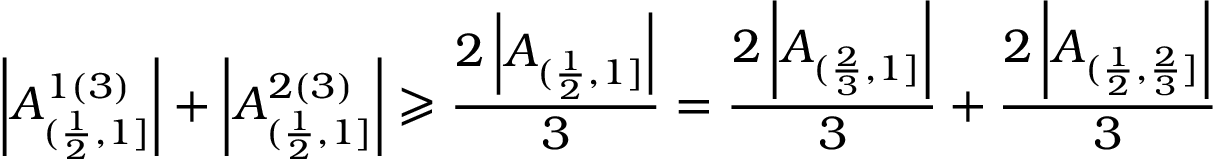
\left| A _ { ( \frac { 1 } { 2 } , 1 ] } ^ { 1 ( 3 ) } \right| + \left| A _ { ( \frac { 1 } { 2 } , 1 ] } ^ { 2 ( 3 ) } \right| \geqslant \frac { 2 \left| A _ { ( \frac { 1 } { 2 } , 1 ] } \right| } { 3 } = \frac { 2 \left| A _ { ( \frac { 2 } { 3 } , 1 ] } \right| } { 3 } + \frac { 2 \left| A _ { ( \frac { 1 } { 2 } , \frac { 2 } { 3 } ] } \right| } { 3 }